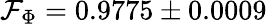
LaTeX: \mathcal{F}_{\Phi}=0.9775\pm 0.0009